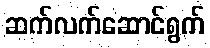
ဆက်လက်ဆောင်ရွက်